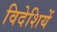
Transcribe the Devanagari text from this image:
विदेशियें